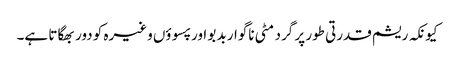
کیونکہ ریشم قدرتی طور پر گرد مٹی ناگوار بدبو اور پسوؤں وغیرہ کو دور بھگاتا ہے۔